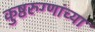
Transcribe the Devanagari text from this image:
कुष्ठरुग्णांच्या